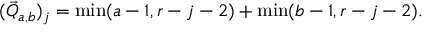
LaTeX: ( \vec { Q } _ { a , b } ) _ { j } = \operatorname * { m i n } ( a - 1 , r - j - 2 ) + \operatorname * { m i n } ( b - 1 , r - j - 2 ) .